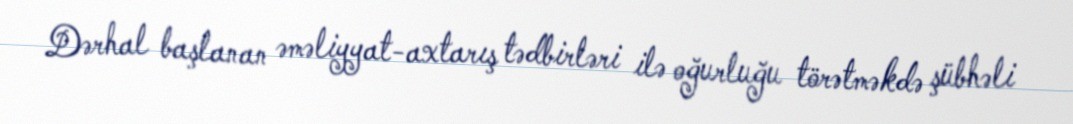
Dərhal başlanan əməliyyat-axtarış tədbirləri ilə oğurluğu törətməkdə şübhəli